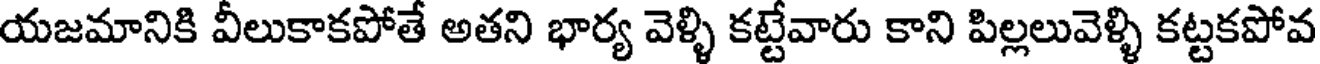
యజమానికి వీలుకాకపోతే అతని భార్య వెళ్ళి కట్టేవారు కాని పిల్లలువెళ్ళి కట్టకపోవ